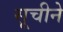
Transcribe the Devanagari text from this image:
सूचीने